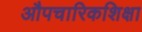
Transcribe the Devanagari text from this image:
औपचारिकशिक्षा